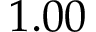
1 . 0 0